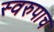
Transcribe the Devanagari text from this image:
स्वरुपाच